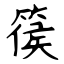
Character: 篌